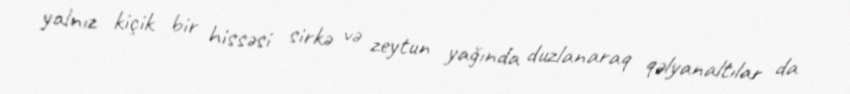
yalnız kiçik bir hissəsi sirkə və zeytun yağında duzlanaraq qəlyanaltılar da